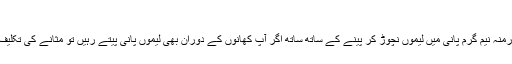
مثانے کی تکلیف
مثانے میں تکلف ہونے کی صورت میں نہارمنہ نیم گرم پانی میں لیموں نچوڑ کر پینے کے ساتھ ساتھ اگر آپ کھانوں کے دوران بھی لیموں پانی پیتے رہیں تو مثانے کی تکلیف جلد ز جلد بنا کی دوا کے ختم ہوجائے گی۔